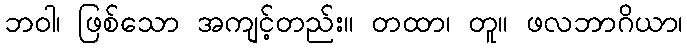
ဘဝါ၊ ဖြစ်သော အကျင့်တည်း။ တထာ၊ တူ။ ဖလဘာဂိယာ၊